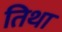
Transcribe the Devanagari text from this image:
तिथा